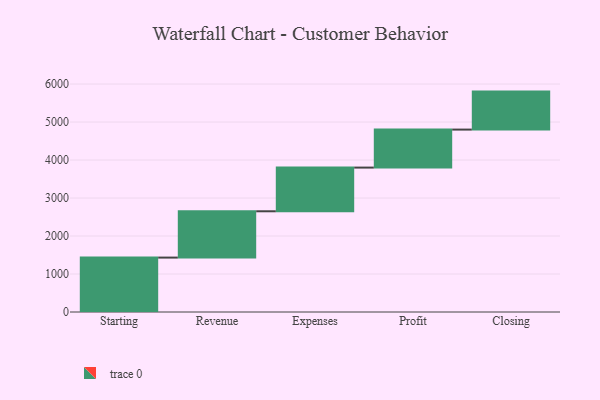
{"axis": {"x": "Step", "y": "Value"}, "legend": [""], "data": [{"x": "Starting", "y": 1432.0, "type": ""}, {"x": "Revenue", "y": 1219.0, "type": ""}, {"x": "Expenses", "y": 1150.0, "type": ""}, {"x": "Profit", "y": 1000, "type": ""}, {"x": "Closing", "y": 1000, "type": ""}]}